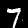
Digit: 7